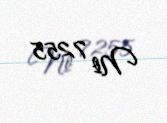
№ 7255